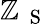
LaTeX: \mathbb{Z}_{\mathrm{{~{~S~}~}}}